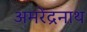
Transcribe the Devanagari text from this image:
अमरेंद्रनाथ